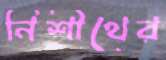
নিশীথের